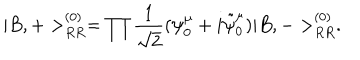
| B , + > _ { R R } ^ { ( 0 ) } = \prod \frac { 1 } { \sqrt { 2 } } ( \psi _ { 0 } ^ { \mu } + i \tilde { \psi } _ { 0 } ^ { \mu } ) | B , - > _ { R R } ^ { ( 0 ) } .